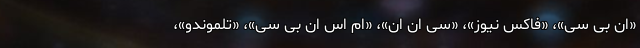
«ان بی سی»، «فاکس نیوز»، «سی ان ان»، «ام اس ان بی سی»، «تلموندو»،